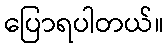
ပြောရပါတယ်။